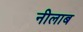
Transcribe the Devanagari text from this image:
नीलाब